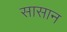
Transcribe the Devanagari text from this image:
सासान